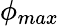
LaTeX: \phi_{max}